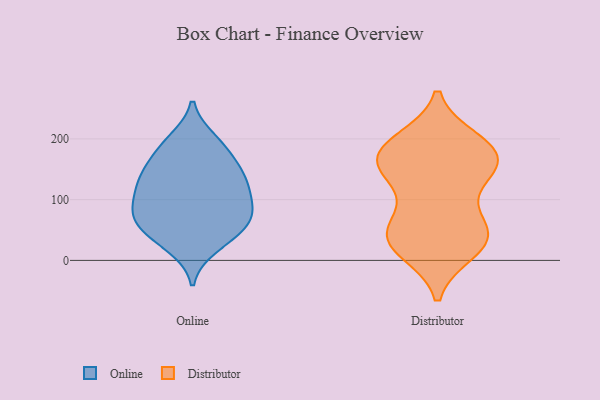
{"axis": {"x": "Humidity (%)", "y": "Value"}, "legend": ["Distributor", "Online"], "data": [{"x": "", "y": 97, "type": "Online"}, {"x": "", "y": 22, "type": "Online"}, {"x": "", "y": 156, "type": "Online"}, {"x": "", "y": 43, "type": "Online"}, {"x": "", "y": 79, "type": "Online"}, {"x": "", "y": 145, "type": "Online"}, {"x": "", "y": 185, "type": "Online"}, {"x": "", "y": 198, "type": "Online"}, {"x": "", "y": 63, "type": "Online"}, {"x": "", "y": 65, "type": "Online"}, {"x": "", "y": 191, "type": "Online"}, {"x": "", "y": 107, "type": "Online"}, {"x": "", "y": 71, "type": "Online"}, {"x": "", "y": 33, "type": "Online"}, {"x": "", "y": 69, "type": "Online"}, {"x": "", "y": 142, "type": "Online"}, {"x": "", "y": 124, "type": "Online"}, {"x": "", "y": 110, "type": "Online"}, {"x": "", "y": 137, "type": "Online"}, {"x": "", "y": 139, "type": "Distributor"}, {"x": "", "y": 29, "type": "Distributor"}, {"x": "", "y": 51, "type": "Distributor"}, {"x": "", "y": 76, "type": "Distributor"}, {"x": "", "y": 15, "type": "Distributor"}, {"x": "", "y": 51, "type": "Distributor"}, {"x": "", "y": 41, "type": "Distributor"}, {"x": "", "y": 197, "type": "Distributor"}, {"x": "", "y": 189, "type": "Distributor"}, {"x": "", "y": 194, "type": "Distributor"}, {"x": "", "y": 18, "type": "Distributor"}, {"x": "", "y": 166, "type": "Distributor"}, {"x": "", "y": 147, "type": "Distributor"}, {"x": "", "y": 131, "type": "Distributor"}, {"x": "", "y": 40, "type": "Distributor"}, {"x": "", "y": 164, "type": "Distributor"}, {"x": "", "y": 171, "type": "Distributor"}, {"x": "", "y": 170, "type": "Distributor"}]}